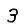
Digit: 3